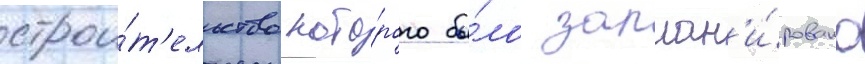
строи́т'ельство кото́рого бы́ло заплан'и́ровано